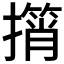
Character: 𢶠